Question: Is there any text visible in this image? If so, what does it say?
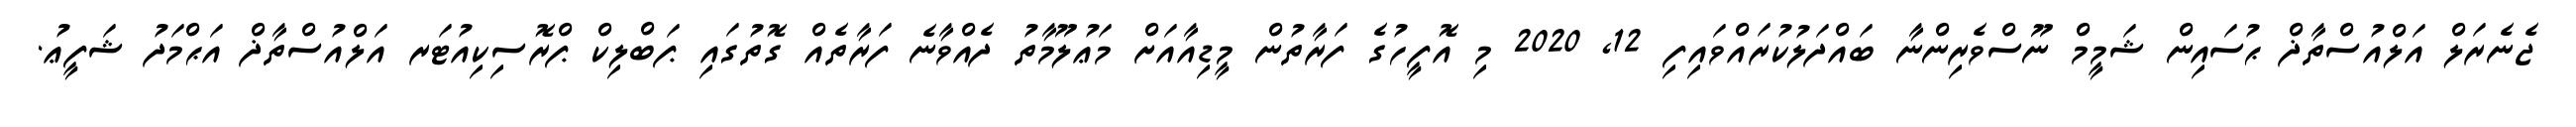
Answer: ޖެނެރަލް އަލްއުސްތާޛް ޙުސައިން ޝަމީމް ނޫސްވެރިންނާ ބައްދަލުކުރައްވައިފި 12, 2020 މި އޮފީހުގެ ފަރާތުން މީޑިއާއަށް މަޢުލޫމާތު ދެއްވާނެ ފަރާތެއް ގޮތުގައި ޕަބްލިކް ޕްރޮސިކިއުޓަރ އަލްއުސްތާޛް އަޙްމަދު ޝަފީޢު.